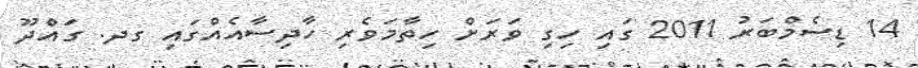
14 ޑިސެމްބަރު 2011 ގައި ހިގި ވަރަށް ހިތާމަވެރި ހާދިސާއެއްގައި ގދ. ގައްދޫ